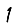
Digit: 1